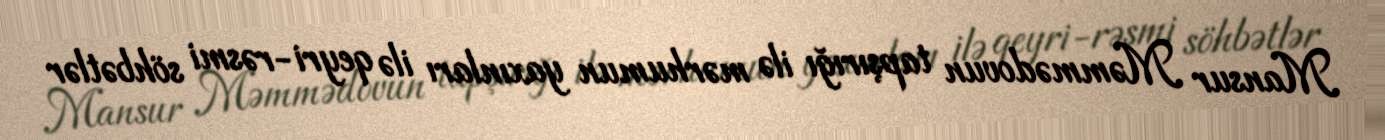
Mansur Məmmədovun tapşırığı ilə mərhumun yaxınları ilə qeyri-rəsmi söhbətlər